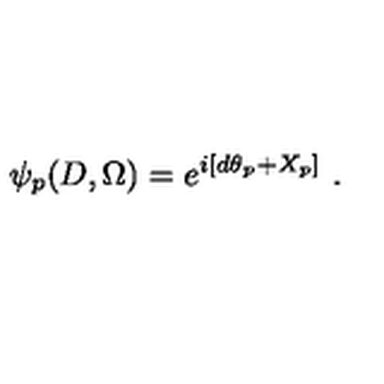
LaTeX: \left. \psi _ { p } ( D , \Omega ) = e ^ { i \left[ d \theta _ { p } + X _ { p } \right] } \ . \right.